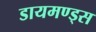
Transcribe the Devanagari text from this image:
डायमण्ड्स